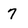
Character: 7